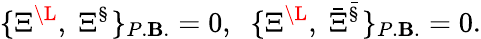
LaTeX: \{ \Xi^{\L},\; \Xi^{\S}\} _{P.\mathbf{B}.}=0,\; \; \{ \Xi^{\L},\; {\bar{{\Xi}}}^{\bar{{\S}}}\} _{P.\mathbf{B}.}=0.